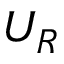
U _ { R }